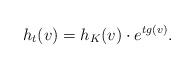
LaTeX: \begin{align*}h_t(v)=h_{K}(v)\cdot e^{tg(v)}.\end{align*}